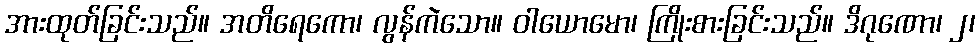
အားထုတ်ခြင်းသည်။ အတိရေကော၊ လွန်ကဲသော။ ဝါယောမော၊ ကြိုးစားခြင်းသည်။ ဒိဂုဏော၊ ၂၊